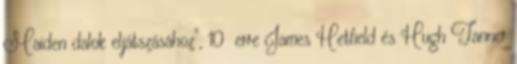
Maiden dalok eljátszásához”, 10 erre James Hetfield és Hugh Tanner